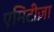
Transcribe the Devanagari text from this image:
एमिटीज़ा